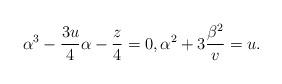
LaTeX: \begin{align*}\alpha^3-\frac{3u}{4}\alpha-\frac{z}{4}=0,\alpha^2+3\frac{\beta^2}{v}= u.\end{align*}